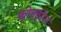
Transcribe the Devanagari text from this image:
कोल्ट्रेन